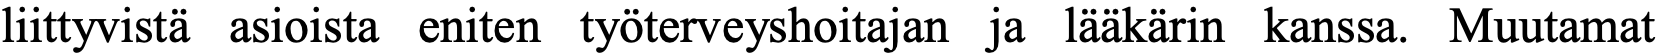
liittyvistä asioista eniten työterveyshoitajan ja lääkärin kanssa. Muutamat